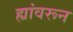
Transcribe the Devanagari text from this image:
ह्यांवरून